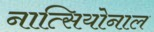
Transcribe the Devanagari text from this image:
नात्सियोनाल